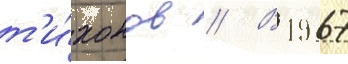
т'и́хонов // В 1967